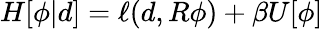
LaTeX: H[\phi|d]=\ell(d,R\phi)+\beta U[\phi]